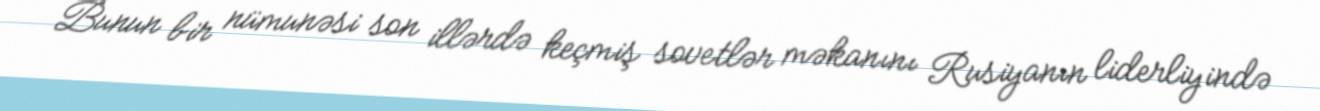
Bunun bir nümunəsi son illərdə keçmiş sovetlər məkanını Rusiyanın liderliyində